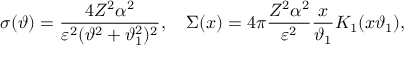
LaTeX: \displaystyle { \sigma ( \vartheta ) = \frac { 4 Z ^ { 2 } \alpha ^ { 2 } } { \varepsilon ^ { 2 } ( \vartheta ^ { 2 } + \vartheta _ { 1 } ^ { 2 } ) ^ { 2 } } , \quad \Sigma ( x ) = 4 \pi \frac { Z ^ { 2 } \alpha ^ { 2 } } { \varepsilon ^ { 2 } } \frac { x } { \vartheta _ { 1 } } K _ { 1 } ( x \vartheta _ { 1 } ) } ,